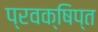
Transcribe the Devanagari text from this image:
प्रवक्षिप्त